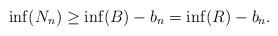
LaTeX: \begin{align*}\inf(N_n) \ge \inf(B) - b_n = \inf(R) - b_n.\end{align*}